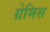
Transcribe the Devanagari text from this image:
ग्रेमिस